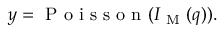
y = \mathrm { ~ P ~ o ~ i ~ s ~ s ~ o ~ n ~ } ( I _ { \mathrm { ~ M ~ } } ( q ) ) .